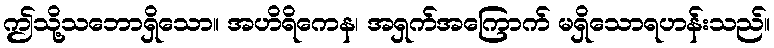
ဤသို့သဘောရှိသော။ အဟိရိကေန၊ အရှက်အကြောက် မရှိသောရဟန်းသည်။